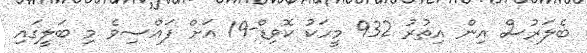
ބެލަރުސް އިން އިތުރު 932 މީހަކު ކޮވިޑް-19 އަށް ފައްސިވެ މި ބަލީގައި